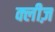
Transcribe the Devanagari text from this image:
क्लीज़